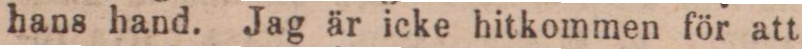
hans hand. Jag är icke hitkommen för att